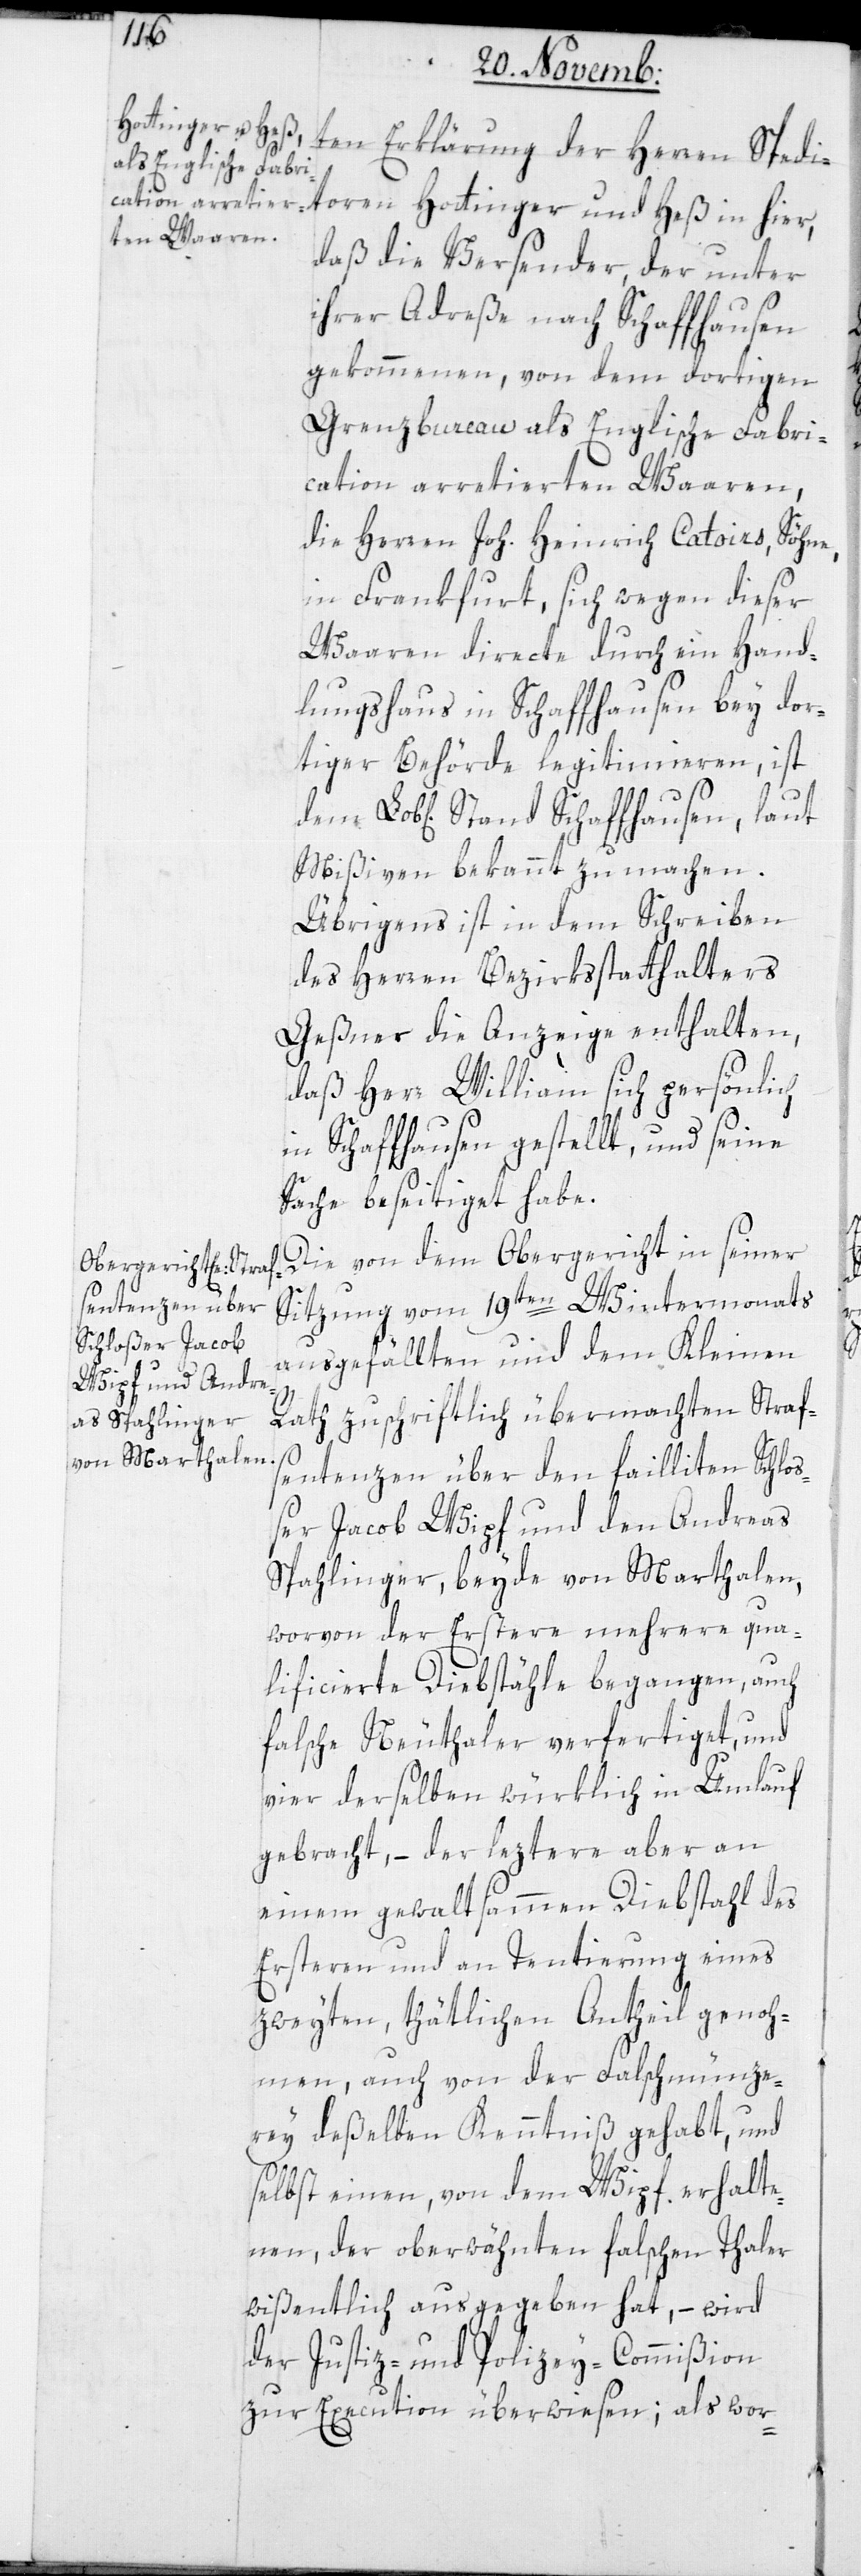
ten Erklärung des Herren Spedi¬
toren Hottinger und Heß in hier,
daß die Versender, der unter
ihrer Adreße nach Schaffhausen
gekommenen, von dem dortigen
Grenzbureau als Englische Fabri¬
cation arretierten Waaren,
die Herren Joh. Heinrich Catoirs, Söhne,
in Frankfurt, sich wegen dieser
Waaren directe durch ein Hand¬
lungshaus in Schaffhausen bey dor¬
tiger Behörde legitimieren, ist
Mißiven, bekannt zu machen.
Übrigens ist in dem Schreiben
des Herren Bezirksstatthalters
Geßner die Anzeige enthalten,
daß Herr William sich persönlich
in Schaffhausen gestellt, und seine
Sache beseitiget habe.
Die von dem Obergericht in seiner
Sitzung vom 19ten Wintermonats
ausgefällten und dem Kleinen
Rath zuschriftlich übermachten Straf¬
sentenzen über den failliten Schloß¬
er Jacob Wipf und den Andreas
Spahlinger, beyde von Marthalen,
worvon der Erstere mehrere qua¬
lificierte Diebstähle begangen, auch
falsche Neuthaler verfertigt, und
vier derselben würklich in Umlauf
gebracht, – der leztere aber an
einem gewaltsammen Diebstahl des
Ersteren und an Tentierung eines
zweyten, thätlichen Antheil genoh¬
men, auch von der Falschmünze¬
rey deßelben Kenntniß gehabt, und
selbst einen, von dem Wipf erhalte¬
nen, der oberwähnten falschen Thaler
wißentlich ausgegeben hat, – wird
der Justiz- und Polizey-Commißion
zur Execution überwiesen; als wor-